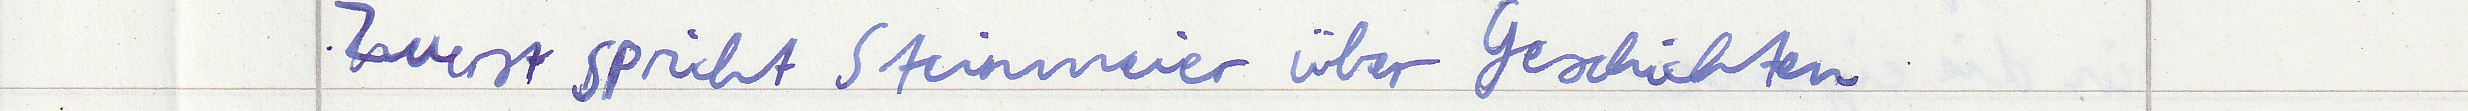
Zuerst spricht Steinmeier über Geschichten